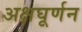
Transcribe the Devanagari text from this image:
अक्षघूर्णन